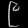
Digit: ၉